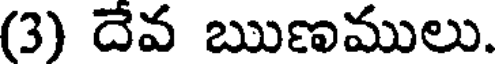
(3) దేవ ఋణములు.